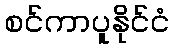
စင်ကာပူနိုင်ငံ